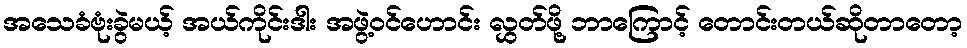
အသေခံဗုံးခွဲမယ့် အယ်ကိုင်းဒါး အဖွဲ့ဝင်ဟောင်း လွှတ်ဖို့ ဘာကြောင့် တောင်းတယ်ဆိုတာတော့